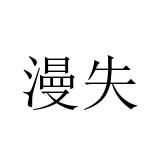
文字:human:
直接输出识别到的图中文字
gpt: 漫失